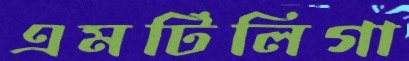
এমটিলিগা